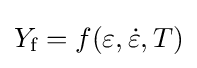
Y_{\text{f}}=f(\varepsilon ,{\dot {\varepsilon }},T)